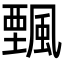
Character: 𩘔